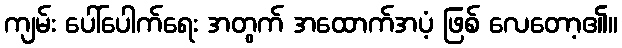
ကျမ်း ပေါ်ပေါက်ရေး အတွက် အထောက်အပံ့ ဖြစ် လေတော့၏။